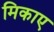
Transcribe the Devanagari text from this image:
मिकाए